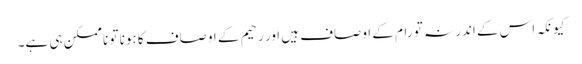
کیونکہ اس کے اندر نہ تو رام کے اوصاف ہیں اور رحیم کے اوصاف کا ہونا تو ناممکن ہی ہے۔